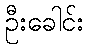
ဦးခေါင်း